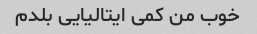
خوب من کمی ایتالیایی بلدم